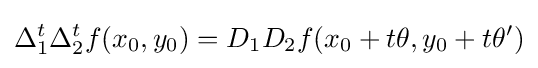
\Delta _{1}^{t}\Delta _{2}^{t}f(x_{0},y_{0})=D_{1}D_{2}f(x_{0}+t\theta ,y_{0}+t\theta ^{\prime })